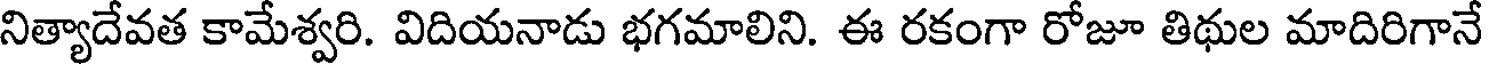
నిత్యాదేవత కామేశ్వరి. విదియనాడు భగమాలిని. ఈ రకంగా రోజూ తిథుల మాదిరిగానే